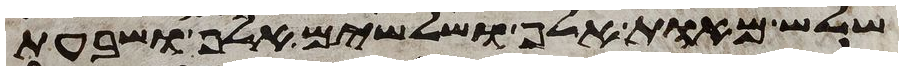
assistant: שלש מאות אלף ושלשים אלף ושבעת